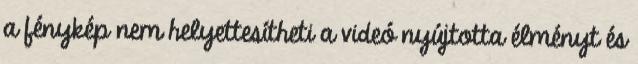
a fénykép nem helyettesítheti a videó nyújtotta élményt és